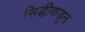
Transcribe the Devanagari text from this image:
सिद्धीकडून